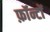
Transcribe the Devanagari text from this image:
फ़ॉन्टों